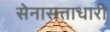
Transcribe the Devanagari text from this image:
सेनासत्ताधारी